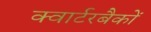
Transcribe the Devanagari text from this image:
क्वार्टरबैकों